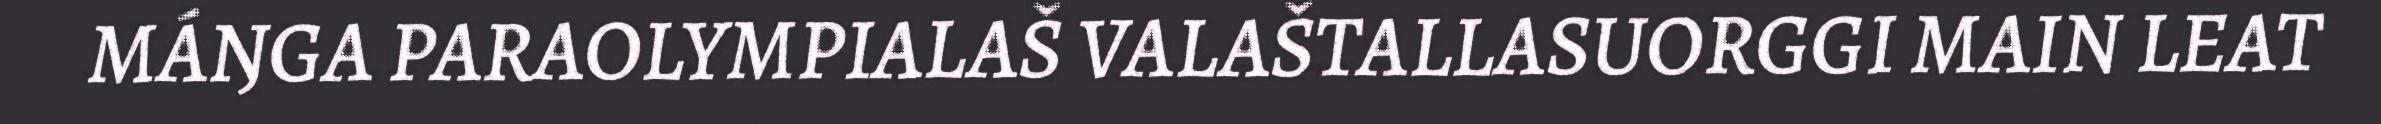
MÁŊGA PARAOLYMPIALAŠ VALAŠTALLASUORGGI MAIN LEAT